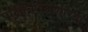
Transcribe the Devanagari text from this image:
पक्षिनिरीक्षणाच्या